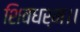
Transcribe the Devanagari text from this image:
शिवधर्म।।